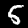
Label: 5